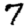
Digit: 7